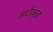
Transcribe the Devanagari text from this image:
वार्टरबुख